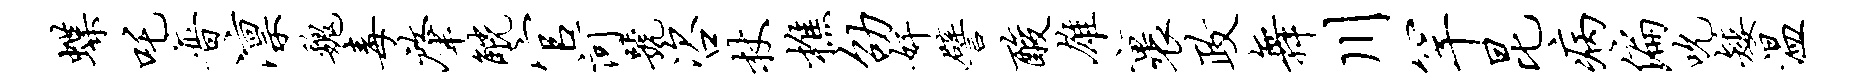
蝶吒普凛魏毒肇觥官河号咨杖樵劭奸譬酸雄裹政舞川罕昆病偏吮矮温